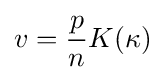
v={\dfrac {p}{n}}K(\kappa )